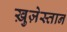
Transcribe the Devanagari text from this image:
ख़ुज़ेस्तान